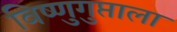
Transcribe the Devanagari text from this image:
विष्णुगुप्ताला